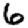
Digit: 6